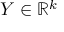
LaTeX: Y \in \mathbb { R } ^ { k }